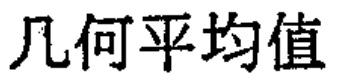
几何平均值